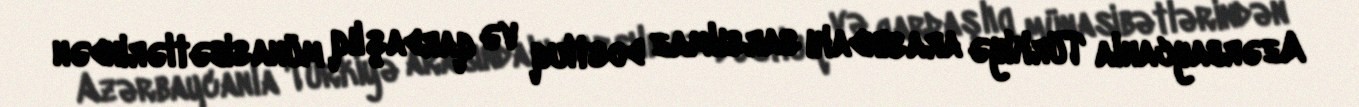
Azərbaycanla Türkiyə arasındakı sarsılmaz dostluq və qardaşlıq münasibətlərindən